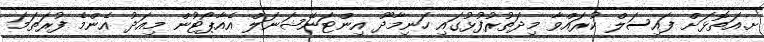
ށ.އަތޮޅަށް ފައިސަލް ކުރައްވާ މިދަތުރުފުޅުގައި ހަނިމާދޫ އިންޓަނޭޝަނަލް އެއާޕޯޓުން މިއަދު އެންމެ ފުރަތަމަ